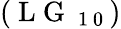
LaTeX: (\mathrm{~L~G~}_{\mathrm{~1~0~}})